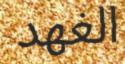
الغھد